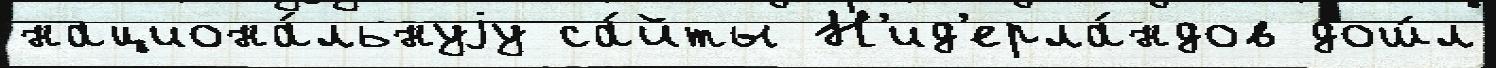
национа́льнуjу са́йты Н'ид'ерла́ндов дош́л